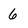
Character: 6